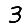
Digit: 3